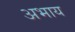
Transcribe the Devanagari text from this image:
अभाय